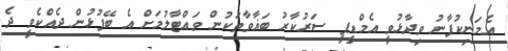
އެމަނިކުފާނު ވިދާޅުވީ އެމްޑީޕީ ސަރުކާރު ބަޣާވާތަކުން ވައްޓާލުމަށް އެ ބޭފުޅުން ދެއްކެވީ ދެ